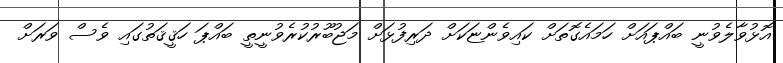
އޮޅުވާލެވުނީ ބައްޕައަށް ހަމައެގޮތަށް ކައިވެންޏަކަށް ދަރިފުޅަށް މަޖުބޫރުކުރެވުނީތީ ބައްޕަ ހަޤީޤަތުގައި ވެސް ވަރަށް